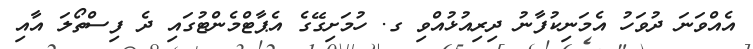
އެއްވަނަ ދުވަހު އެމަނިކުފާނު ދިރިއުޅުއްވި ގ. ހުމަށިގޭގެ އެޕާޓްމެންޓުގައި ދެ ފިސްތޯލަ އާއި